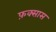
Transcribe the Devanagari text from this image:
फ़क्सास